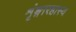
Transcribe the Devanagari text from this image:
शृंङ्गारहास्य